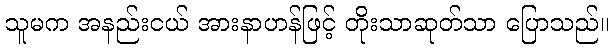
သူမက အနည်းငယ် အားနာဟန်ဖြင့် တိုးသာဆုတ်သာ ပြောသည်။